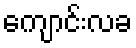
ကျောင်းလခ